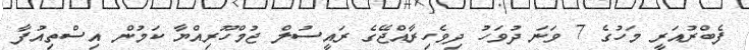
ފެބްރުއަރީ މަހުގެ 7 ވަނަ ދުވަހު ދިވެހިރާއްޖޭގެ ރައީސުލް ޖުމްހޫރިއްޔާ ކަމުން އިސްތިއުފާ